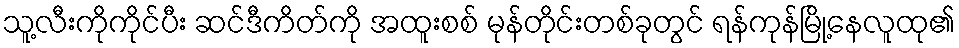
သူ့လီးကိုကိုင်ပီး ဆင်ဒီကိတ်ကို အထူးစစ် မုန်တိုင်းတစ်ခုတွင် ရန်ကုန်မြို့နေလူထု၏